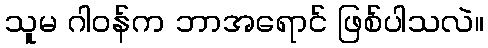
သူမ ဂါဝန်က ဘာအရောင် ဖြစ်ပါသလဲ။